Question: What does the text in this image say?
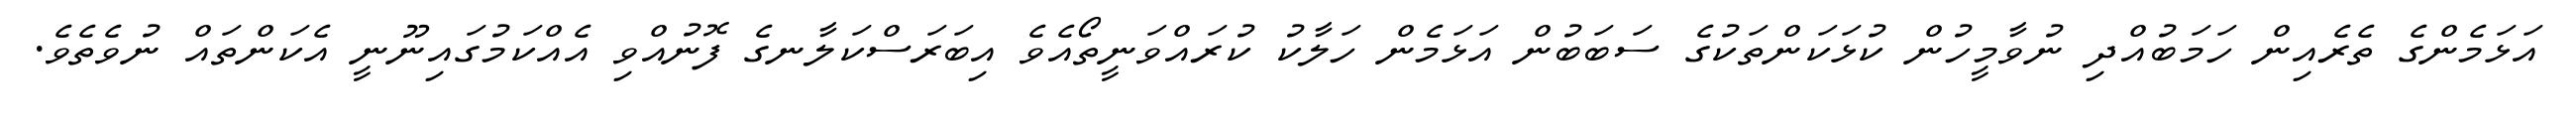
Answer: އަޅަމެންގެ ތެރެއިން ހަމަބުއްދި ނުވާމީހުން ކުޅަކަންތަކުގެ ސަބަބުން އަޅަމެން ހަލާކު ކުރައްވަނީތޯއެވެ އިބަރަސްކަލާނގެ ފޮނުއްވި އެއްކަމުގައިނޫނީ އެކަންތައް ނުވެތެވެ.